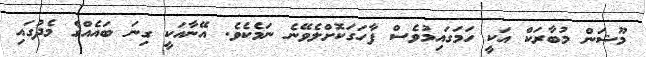
މޫޝަން މުބާރަކް އަކީ ހަމަގައިމުވެސް ފާހަގަކޮށްލެވޭނެ ނަމެކެވެ. އޭނާއަކީ ގިނަ ބައެއްގެ މެދުގައި